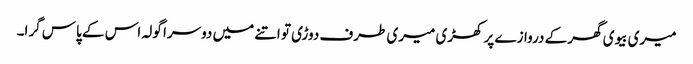
میری بیوی گھر کے دروازے پر کھڑی میری طرف دوڑی تو اتنے میں دوسرا گولہ اس کے پاس گرا۔